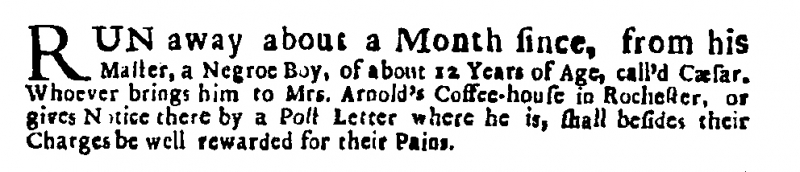
Evening Post, 24 August 1721 (England)
RUN away about a Month since, from his Master, a Negroe Boy, of about 12 Years of Age, call’d Cæsar. Whoever brings him to Mrs. Arnold’s Coffee-house in Rochester, or gives Notice there by a Post Letter where he is, shall besides their Charges, be well rewarded for their Pains.